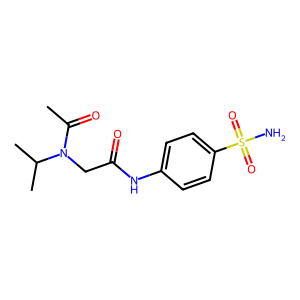
SMILES: CC(=O)N(CC(=O)Nc1ccc(S(N)(=O)=O)cc1)C(C)C
Inhibits HIV replication: No